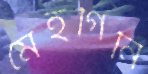
মেহগিনি